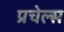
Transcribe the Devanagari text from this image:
प्रचेल्स